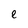
Character: e